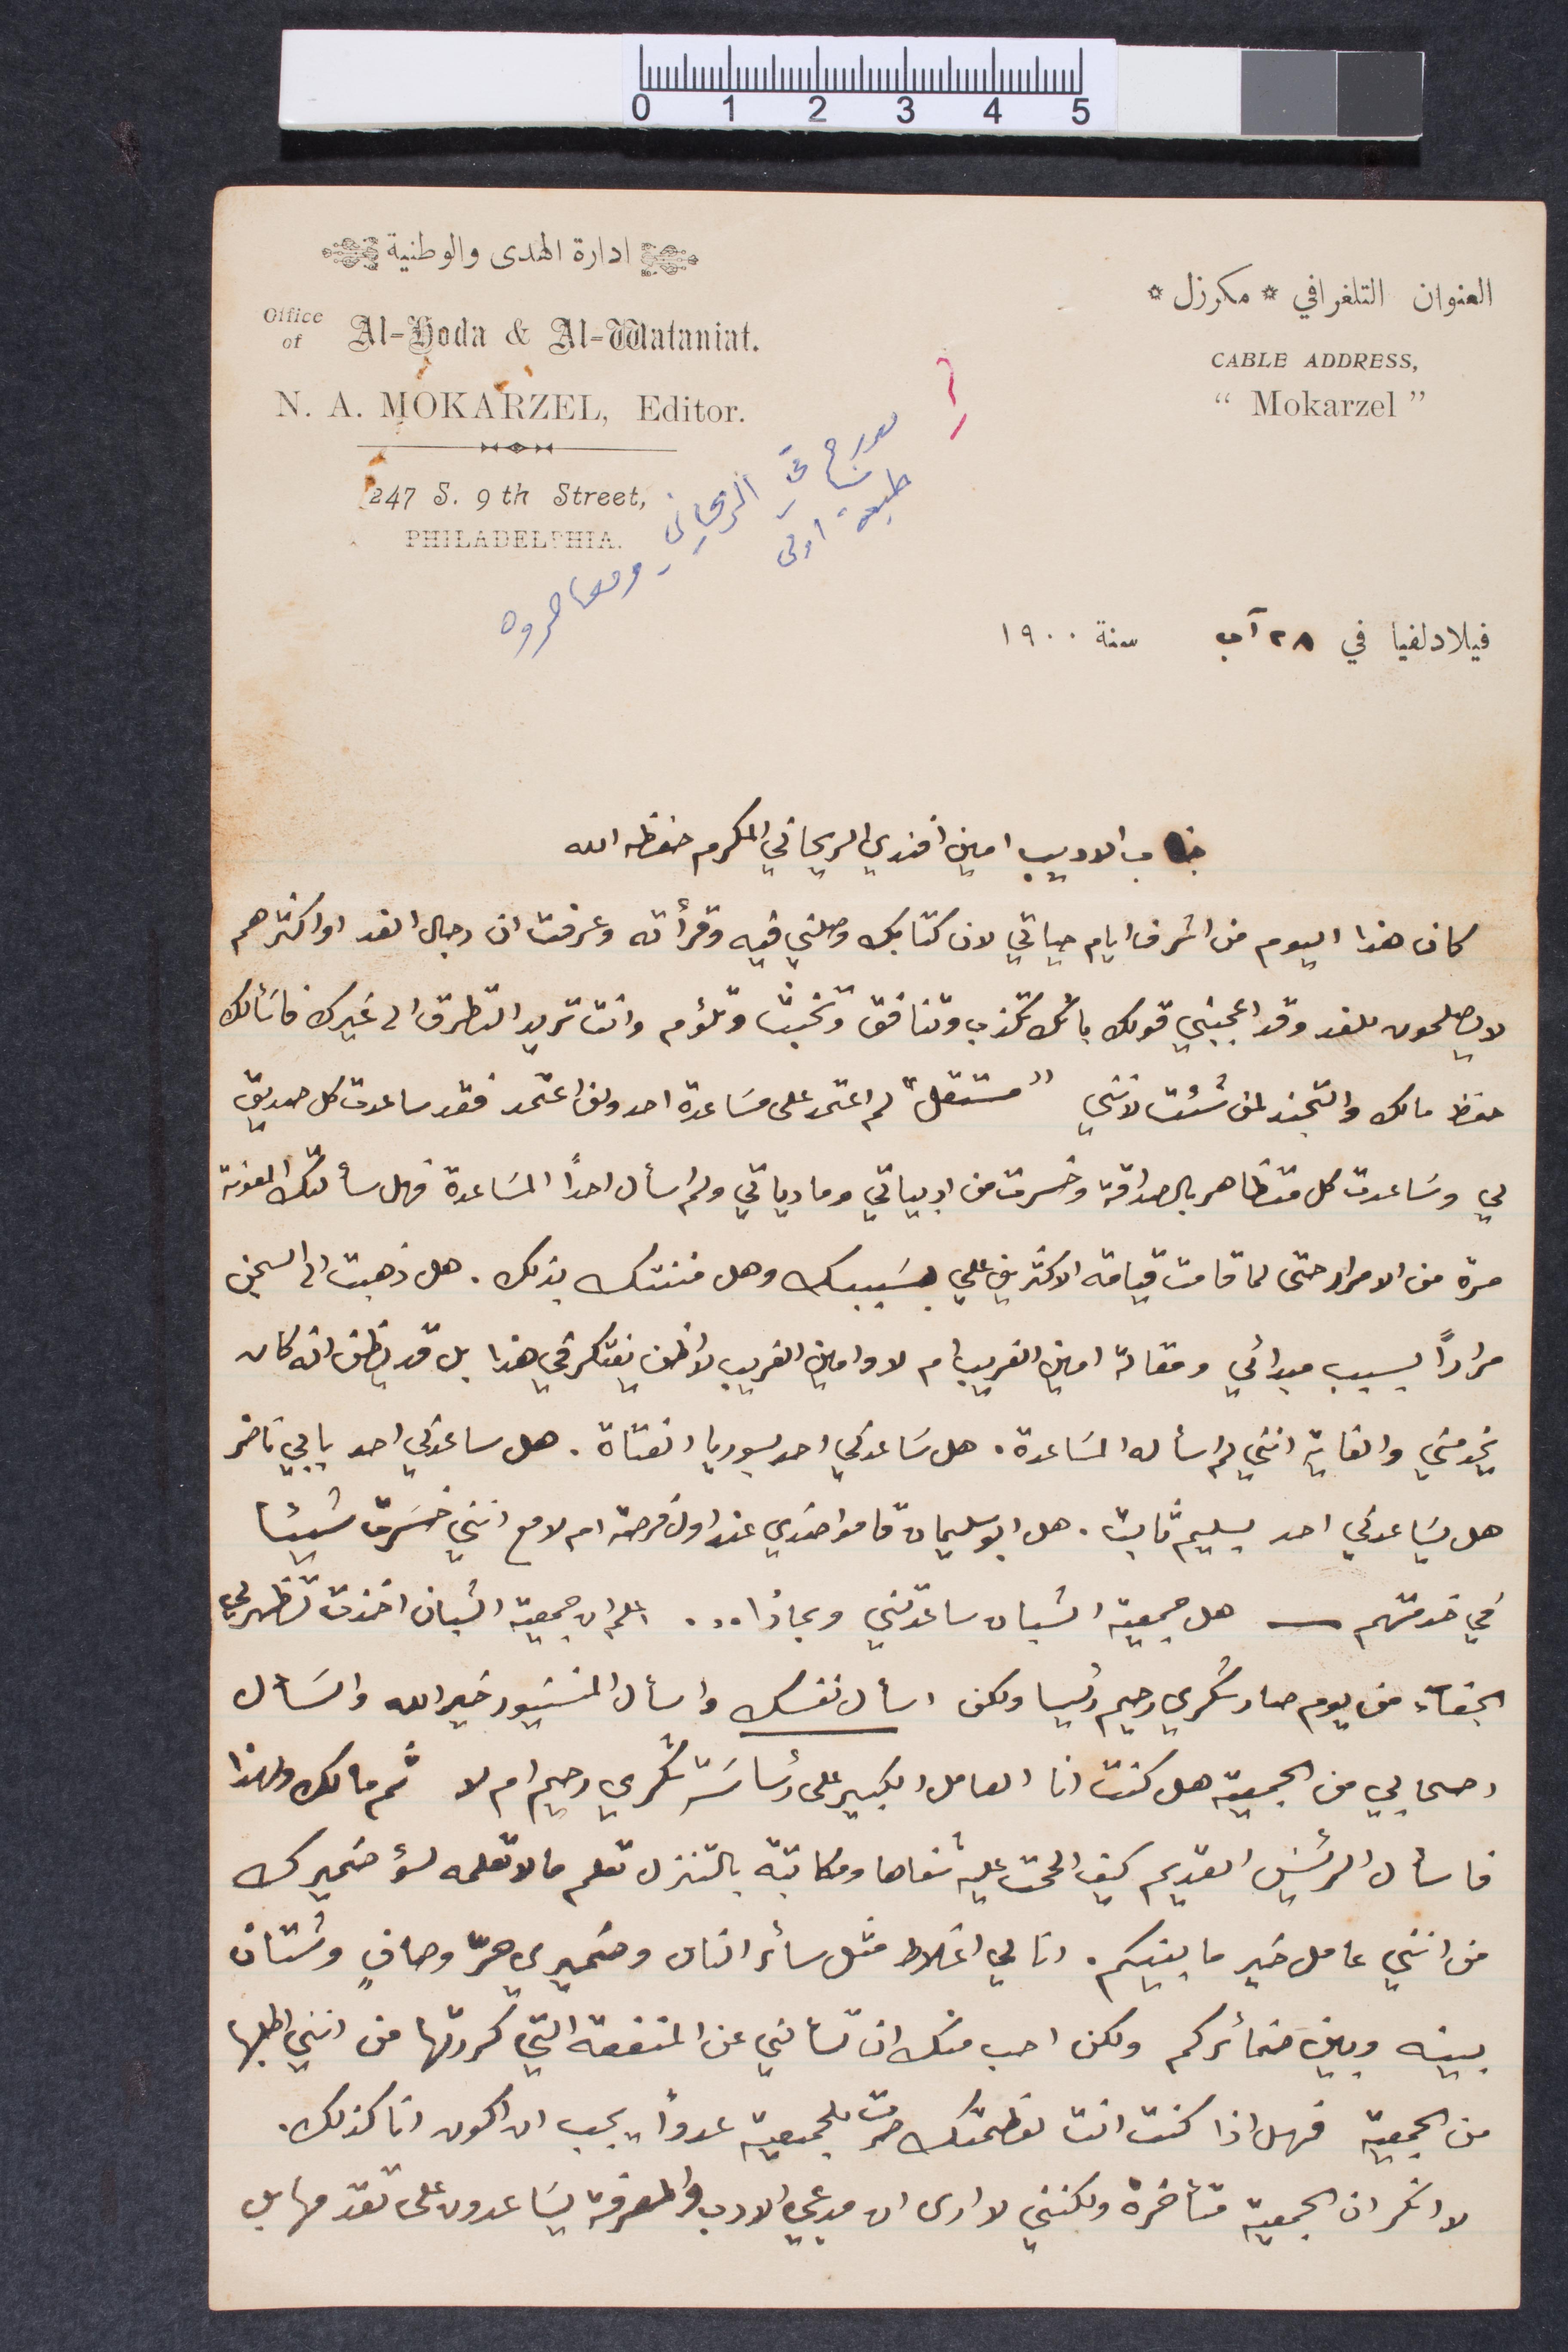
إدارة الهدى والوطنية
العنوان التلغرافي مكرزل
مدرج في الريحاني ومعاصروه
طبعة أولى
فيلادلفيا في ٢٨ آب سنة ١٩٠٠
خطاب الأديب أمين أفندي الريحاني في المكرم حفظه الله
كان هذا اليوم من أشرف أيام حياتي لان كتابك وصلني فيه وقرأته وعرفت أن رجال الغد أو اكثرهم
لا يصلحون للغد وقد اعجبني قولك بأنك تكذب وتنافق وتخبث وتلؤم وانت تريد التطرق الى غيرك فأسألك
حفظ مالك والتجند لمن شئت لانني "مستقل" ولم اعتمد على مساعدة احد ولن اعتمد فقد ساعدت كل صديق
لي وساعدت كل متظاهر بالصداقة وخسرت من ادبياتي ومادياتي ولم اسأل احدًا للمساعدة فهل سألتك المعونة
مرة من الإصرار حتى لما قامت قيامة الأكثر مني علىّ بسببك وهل فتنتك بذلك. هل ذهبت الى السجن
مرارًأ بسبب مبدائي ومقالة أمين الغريب ما لا وامين الغريب لا اظن يفتكر في هذا بل قد يظن انه كان
يخدمني والغاية انني لم اسأله المساعدة. هل ساعدني أحد بسوريا الفتاة. هل ساعدني أحد بابي ناضر
هو يساعدني احد لسليم ثابت. هل أبو سليمان قاموا ضدي عند اول فرصة ام لا مع انني خسرت شيئًا
في خدمتهم____ هل جمعية الشبان ساعدتني وبماذا...اعلم ان جمعية الشبان اخذت تظهر لي
الجفاء من يوم صار شكري رحيّم رئيسًا ولكن اسألأ نفسك واسأل المونسنيور خيرالله واسأل
اصحابي من الجمعية هل كنت انا العامل الكبير على رئاسة شكري رحيم ام لا ثم ما لك ولهذا
فاسأل الرئيس القديم كيف الححت عليه شفاهًا ومكاتبة بالتنزل تعلم ما لا تعلمه لؤ ضميرك
من انني عامل خير ما بينكم. انا لي اغلاط مثل سائر الناس وضميري حرّ وصاف وشتان
بينه وبين ضمائركم ولكن احب منك ان تسألني عن المنفعة التي كررتها من انني اطلبها
من الجمعية فهل اذا كنت انت لعظمتك صرت بالجمعية عدوًا يجب ان أكون ان كذلك.
لا انكر ان الجمعية متأخرة ولكنني لا أرى ان مدعي الادب والعرفة ساعدون على تقدمها بل